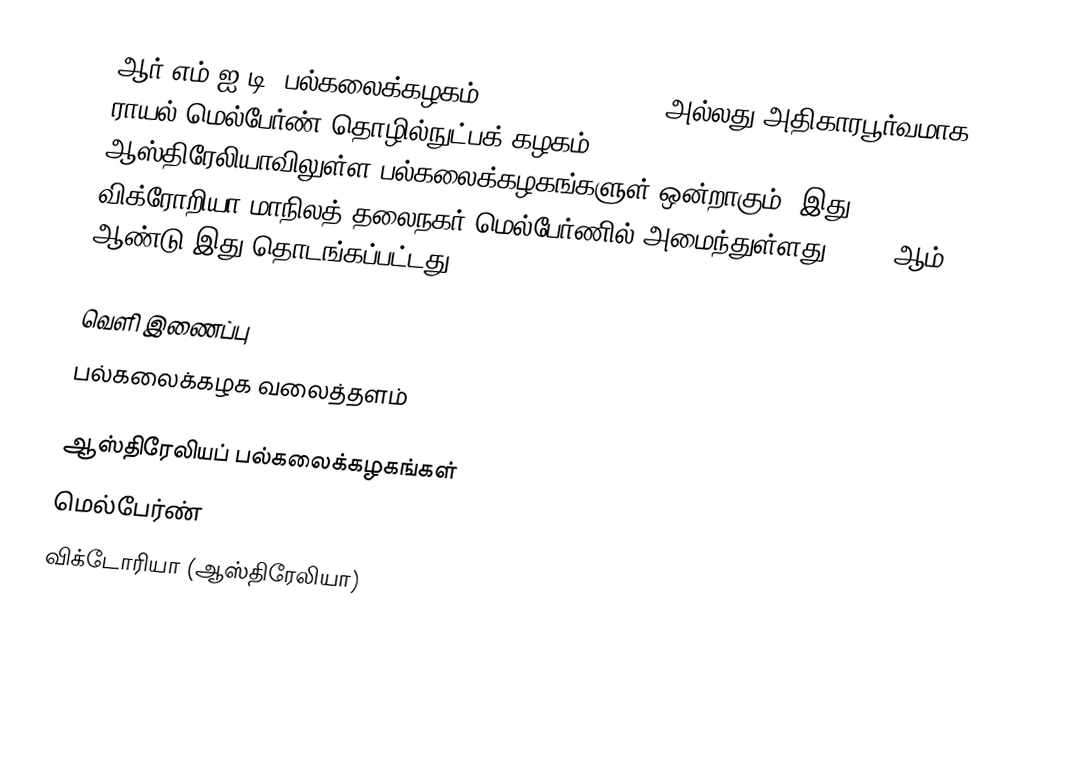
ஆர்.எம்.ஐ.டி. பல்கலைக்கழகம் (RMIT University) அல்லது அதிகாரபூர்வமாக ராயல் மெல்பேர்ண் தொழில்நுட்பக் கழகம் (Royal Melbourne Institute of Technology) ஆஸ்திரேலியாவிலுள்ள பல்கலைக்கழகங்களுள் ஒன்றாகும். இது விக்ரோறியா மாநிலத் தலைநகர் மெல்பேர்ணில் அமைந்துள்ளது. 1887 ஆம் ஆண்டு இது தொடங்கப்பட்டது.

வெளி இணைப்பு
 பல்கலைக்கழக வலைத்தளம்

ஆஸ்திரேலியப் பல்கலைக்கழகங்கள்
மெல்பேர்ண்
விக்டோரியா (ஆஸ்திரேலியா)